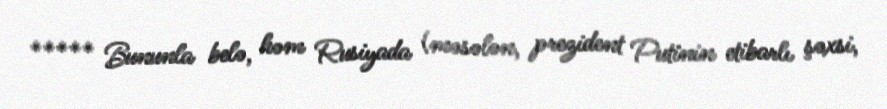
***** Bununla belə, həm Rusiyada (məsələn, prezident Putinin etibarlı şəxsi,